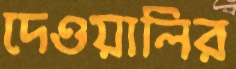
দেওয়ালির